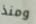
ومنذ